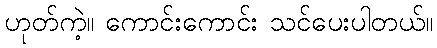
ဟုတ်ကဲ့။ ကောင်းကောင်း သင်ပေးပါတယ်။